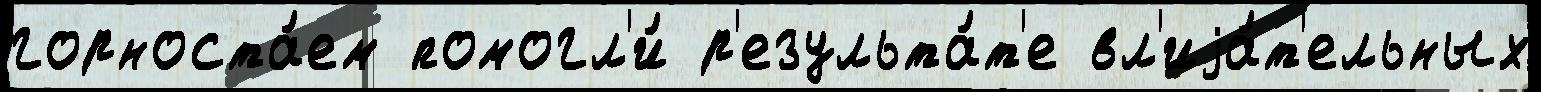
горноста́ем помогл'и́ р'езульта́т'е вл'иjа́т'ельных